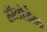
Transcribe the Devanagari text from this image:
हॉलोडेक